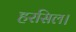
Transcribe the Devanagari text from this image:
हरसिल।